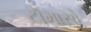
ટૉમાસો